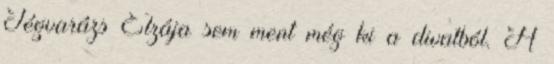
Jégvarázs Elzája sem ment még ki a divatból. A